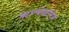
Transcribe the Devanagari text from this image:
मेटाल्लोप्रटीनेज